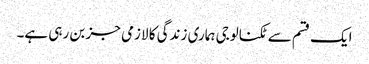
ایک قسم سے ٹکنالوجی ہماری زندگی کا لازمی جز بن رہی ہے۔